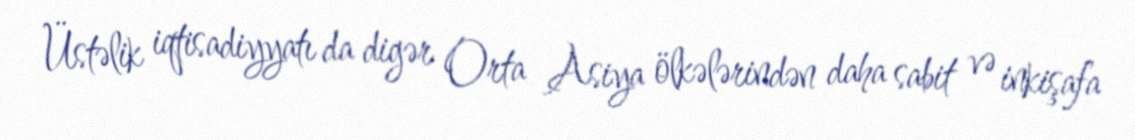
Üstəlik iqtisadiyyatı da digər Orta Asiya ölkələrindən daha sabit və inkişafa